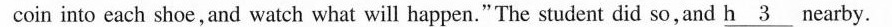
coin into each shoe, and watch what will happen."The student did so, and \underline{h3}nearby.